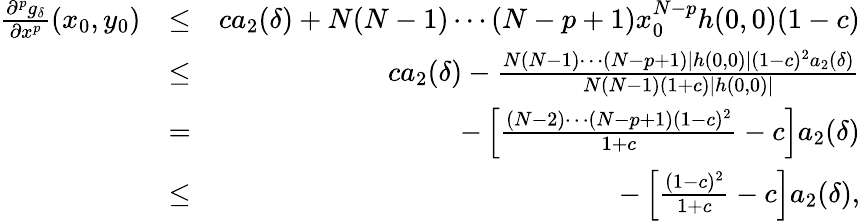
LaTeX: \begin{array}{rlr}{\frac{\partial^{p}g_{\delta}}{\partial x^{p}}(x_{0},y_{0})}&{\leq}&{ca_{2}(\delta)+N(N-1)\cdots(N-p+1)x_{0}^{N-p}h(0,0)(1-c)}\\ &{\leq}&{ca_{2}(\delta)-\frac{N(N-1)\cdots(N-p+1)|h(0,0)|(1-c)^{2}a_{2}(\delta)}{N(N-1)(1+c)|h(0,0)|}}\\ &{=}&{-\left[\frac{(N-2)\cdots(N-p+1)(1-c)^{2}}{1+c}-c\right]a_{2}(\delta)}\\ &{\leq}&{-\left[\frac{(1-c)^{2}}{1+c}-c\right]a_{2}(\delta),}\end{array}